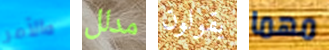
والأمر مدلل يقولون مهما